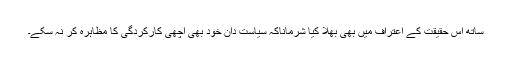
ساتھ اس حقیقت کے اعتراف میں بھی بھلا کیا شرماناکہ سیاست دان خود بھی اچھی کارکردگی کا مظاہرہ کر نہ سکے۔